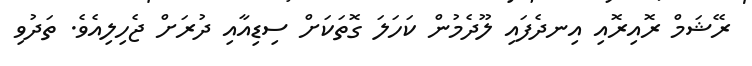
ރޭޝަމް ރޮއިރޮއި އިނދެފައި ލޫދެމުން ކަހަލަ ގޮތަކަށް ސިޑިއާއި ދުރަށް ޖެހިލިއެވެ. ތަދުވި